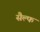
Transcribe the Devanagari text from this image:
सैल्फ